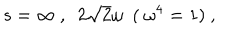
LaTeX: s = \infty \ , \ \ 2 \sqrt { 2 } \omega \ \ ( \ \omega ^ { 4 } = 1 ) \ ,